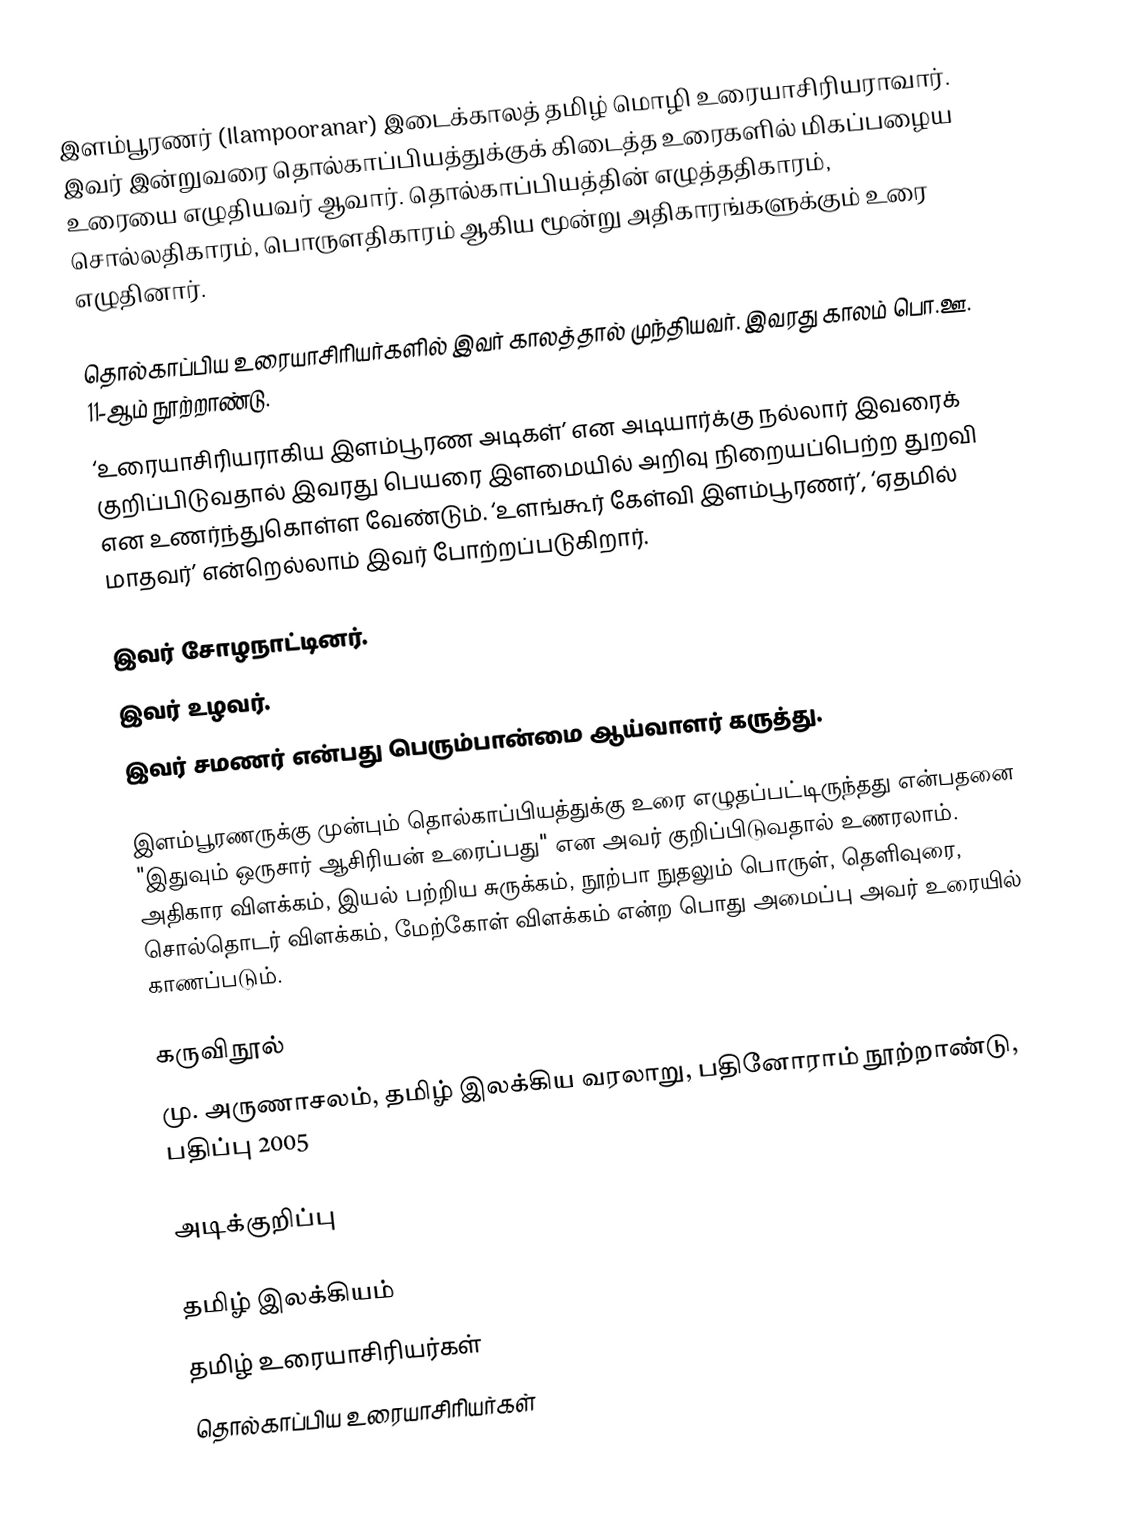
இளம்பூரணர் (Ilampooranar) இடைக்காலத் தமிழ் மொழி உரையாசிரியராவார். இவர் இன்றுவரை தொல்காப்பியத்துக்குக் கிடைத்த உரைகளில் மிகப்பழைய உரையை எழுதியவர் ஆவார். தொல்காப்பியத்தின் எழுத்ததிகாரம், சொல்லதிகாரம், பொருளதிகாரம் ஆகிய மூன்று அதிகாரங்களுக்கும் உரை எழுதினார்.

தொல்காப்பிய உரையாசிரியர்களில் இவர் காலத்தால் முந்தியவர். இவரது காலம் பொ.ஊ. 11-ஆம் நூற்றாண்டு.
‘உரையாசிரியராகிய இளம்பூரண அடிகள்’ என அடியார்க்கு நல்லார் இவரைக் குறிப்பிடுவதால் இவரது பெயரை  இளமையில் அறிவு நிறையப்பெற்ற துறவி என உணர்ந்துகொள்ள வேண்டும். ‘உளங்கூர் கேள்வி இளம்பூரணர்’, ‘ஏதமில் மாதவர்’ என்றெல்லாம் இவர் போற்றப்படுகிறார்.

இவர் சோழநாட்டினர்.
இவர் உழவர்.
இவர் சமணர் என்பது பெரும்பான்மை ஆய்வாளர் கருத்து.

இளம்பூரணருக்கு முன்பும் தொல்காப்பியத்துக்கு உரை எழுதப்பட்டிருந்தது என்பதனை "இதுவும் ஒருசார் ஆசிரியன் உரைப்பது" என அவர் குறிப்பிடுவதால் உணரலாம். அதிகார விளக்கம், இயல் பற்றிய சுருக்கம், நூற்பா நுதலும் பொருள், தெளிவுரை, சொல்தொடர் விளக்கம், மேற்கோள் விளக்கம் என்ற பொது அமைப்பு அவர் உரையில் காணப்படும்.

கருவிநூல்
மு. அருணாசலம், தமிழ் இலக்கிய வரலாறு, பதினோராம் நூற்றாண்டு, பதிப்பு 2005

அடிக்குறிப்பு

தமிழ் இலக்கியம்
தமிழ் உரையாசிரியர்கள்
தொல்காப்பிய உரையாசிரியர்கள்